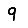
Digit: 9